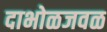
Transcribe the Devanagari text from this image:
दाभोळजवळ